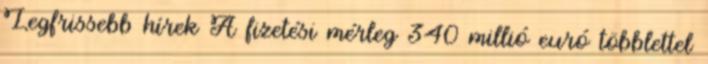
Legfrissebb hírek A fizetési mérleg 340 millió euró többlettel